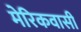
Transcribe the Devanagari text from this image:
मेरिकवासी